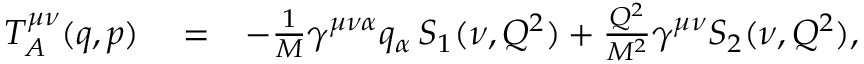
\begin{array} { r l r } { T _ { A } ^ { \mu \nu } ( q , p ) } & { { } = } & { - \frac { 1 } { M } \gamma ^ { \mu \nu \alpha } q _ { \alpha } \, S _ { 1 } ( \nu , Q ^ { 2 } ) + \frac { Q ^ { 2 } } { M ^ { 2 } } \gamma ^ { \mu \nu } S _ { 2 } ( \nu , Q ^ { 2 } ) , } \end{array}